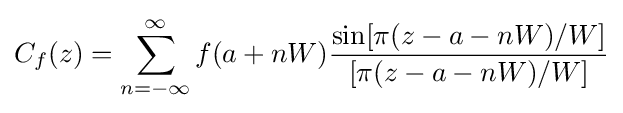
C_{f}(z)=\sum _{n=-\infty }^{\infty }f(a+nW){\frac {\sin[\pi (z-a-nW)/W]}{[\pi (z-a-nW)/W]}}